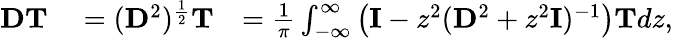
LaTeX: \begin{array}{rlr}{\mathbf{D}\mathbf{T}}&{{}=(\mathbf{D}^{2})^{\frac{1}{2}}\mathbf{T}}&{=\frac{1}{\pi}\int_{-\infty}^{\infty}\left(\mathbf{I}-z^{2}(\mathbf{D}^{2}+z^{2}\mathbf{I})^{-1}\right)\mathbf{T}dz,}\end{array}